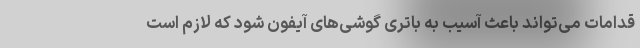
قدامات می‌تواند باعث آسیب به باتری گوشی‌های آیفون شود که لازم است